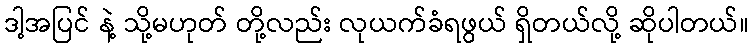
ဒါ့အပြင် နဲ့ သို့မဟုတ် တို့လည်း လုယက်ခံရဖွယ် ရှိတယ်လို့ ဆိုပါတယ်။